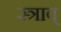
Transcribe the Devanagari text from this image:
स्त्राव्